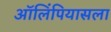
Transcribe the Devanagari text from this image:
ऑलिंपियासला